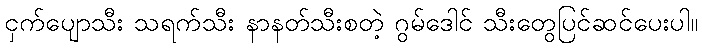
ငှက်ပျောသီး သရက်သီး နာနတ်သီးစတဲ့ ဂွမ်ဒေါင် သီးတွေပြင်ဆင်ပေးပါ။